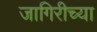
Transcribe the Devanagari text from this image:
जागिरीच्या